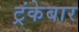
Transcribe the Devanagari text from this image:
ट्रंकेबार